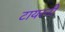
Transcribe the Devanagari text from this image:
टायरनी